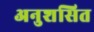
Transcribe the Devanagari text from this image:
अनुशसित